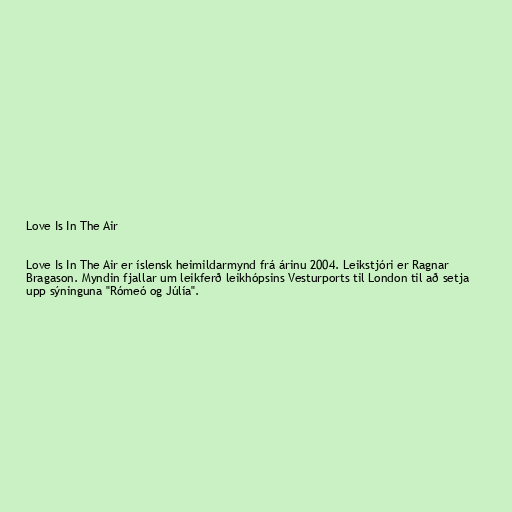
Love Is In The Air

Love Is In The Air er íslensk heimildarmynd frá árinu 2004. Leikstjóri er Ragnar
Bragason. Myndin fjallar um leikferð leikhópsins Vesturports til London til að setja
upp sýninguna "Rómeó og Júlía".